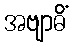
အဗျာဓိံ